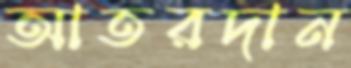
আতরদান